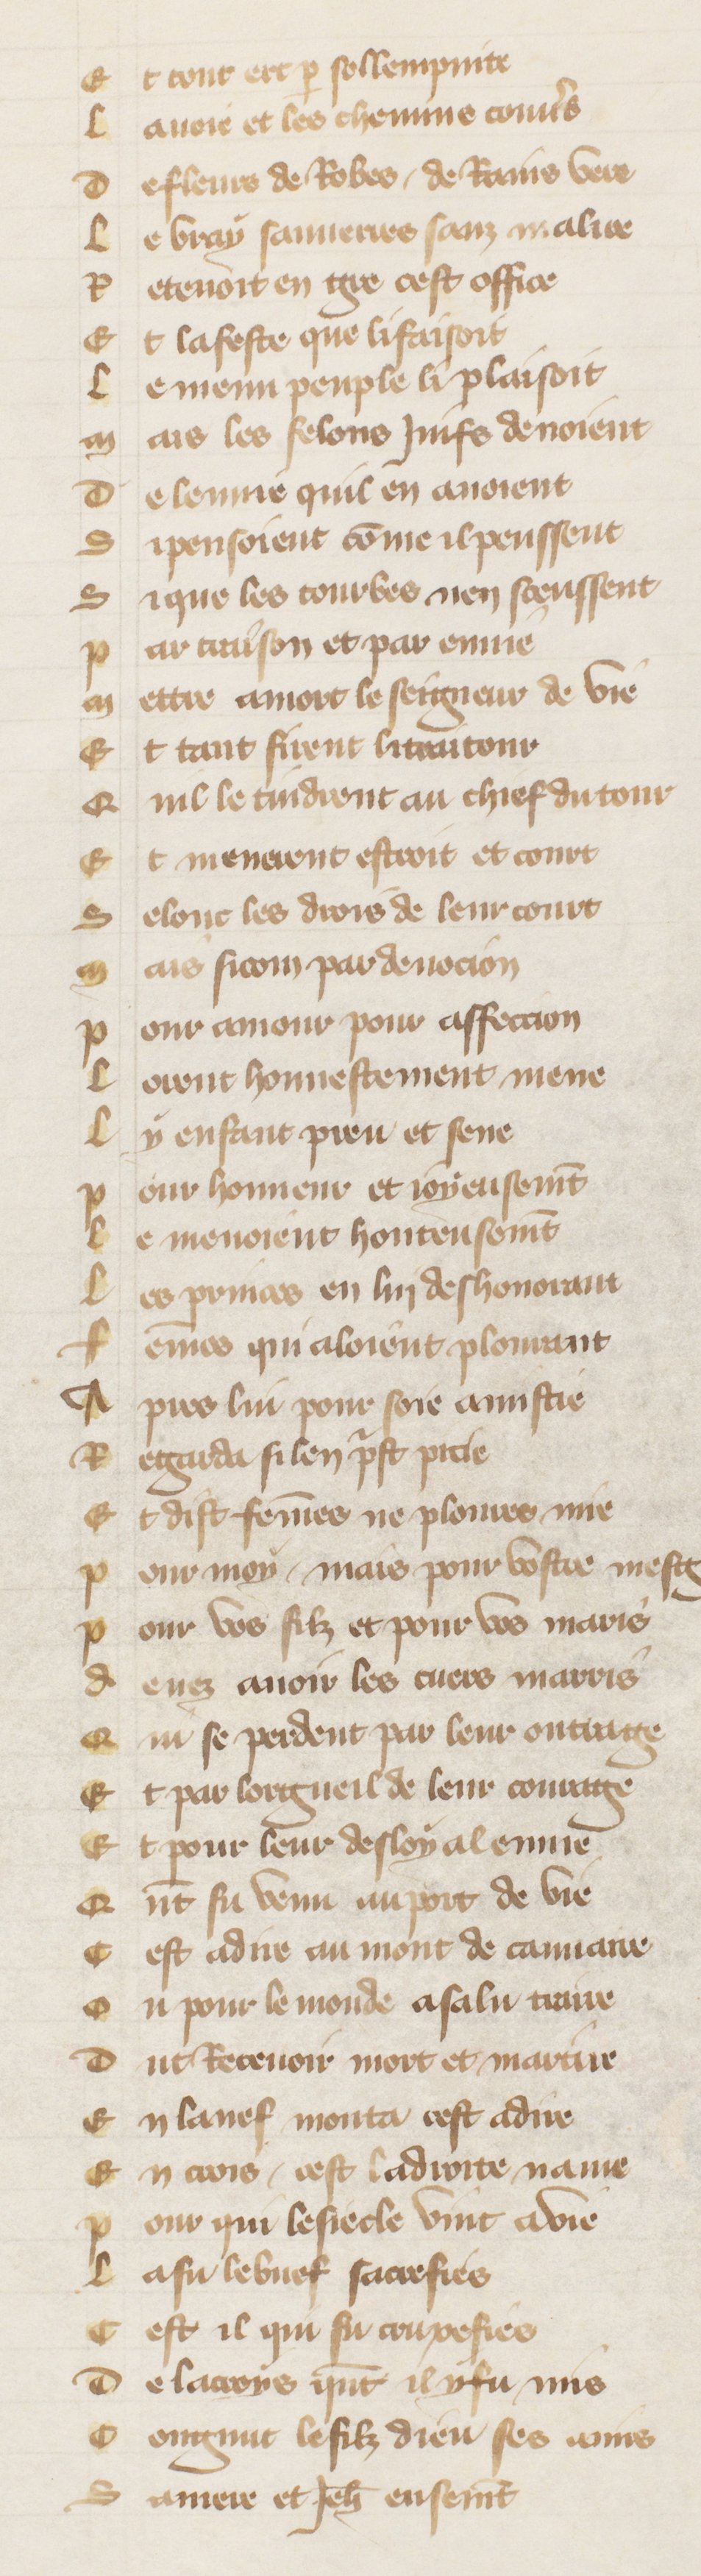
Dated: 1380–1390